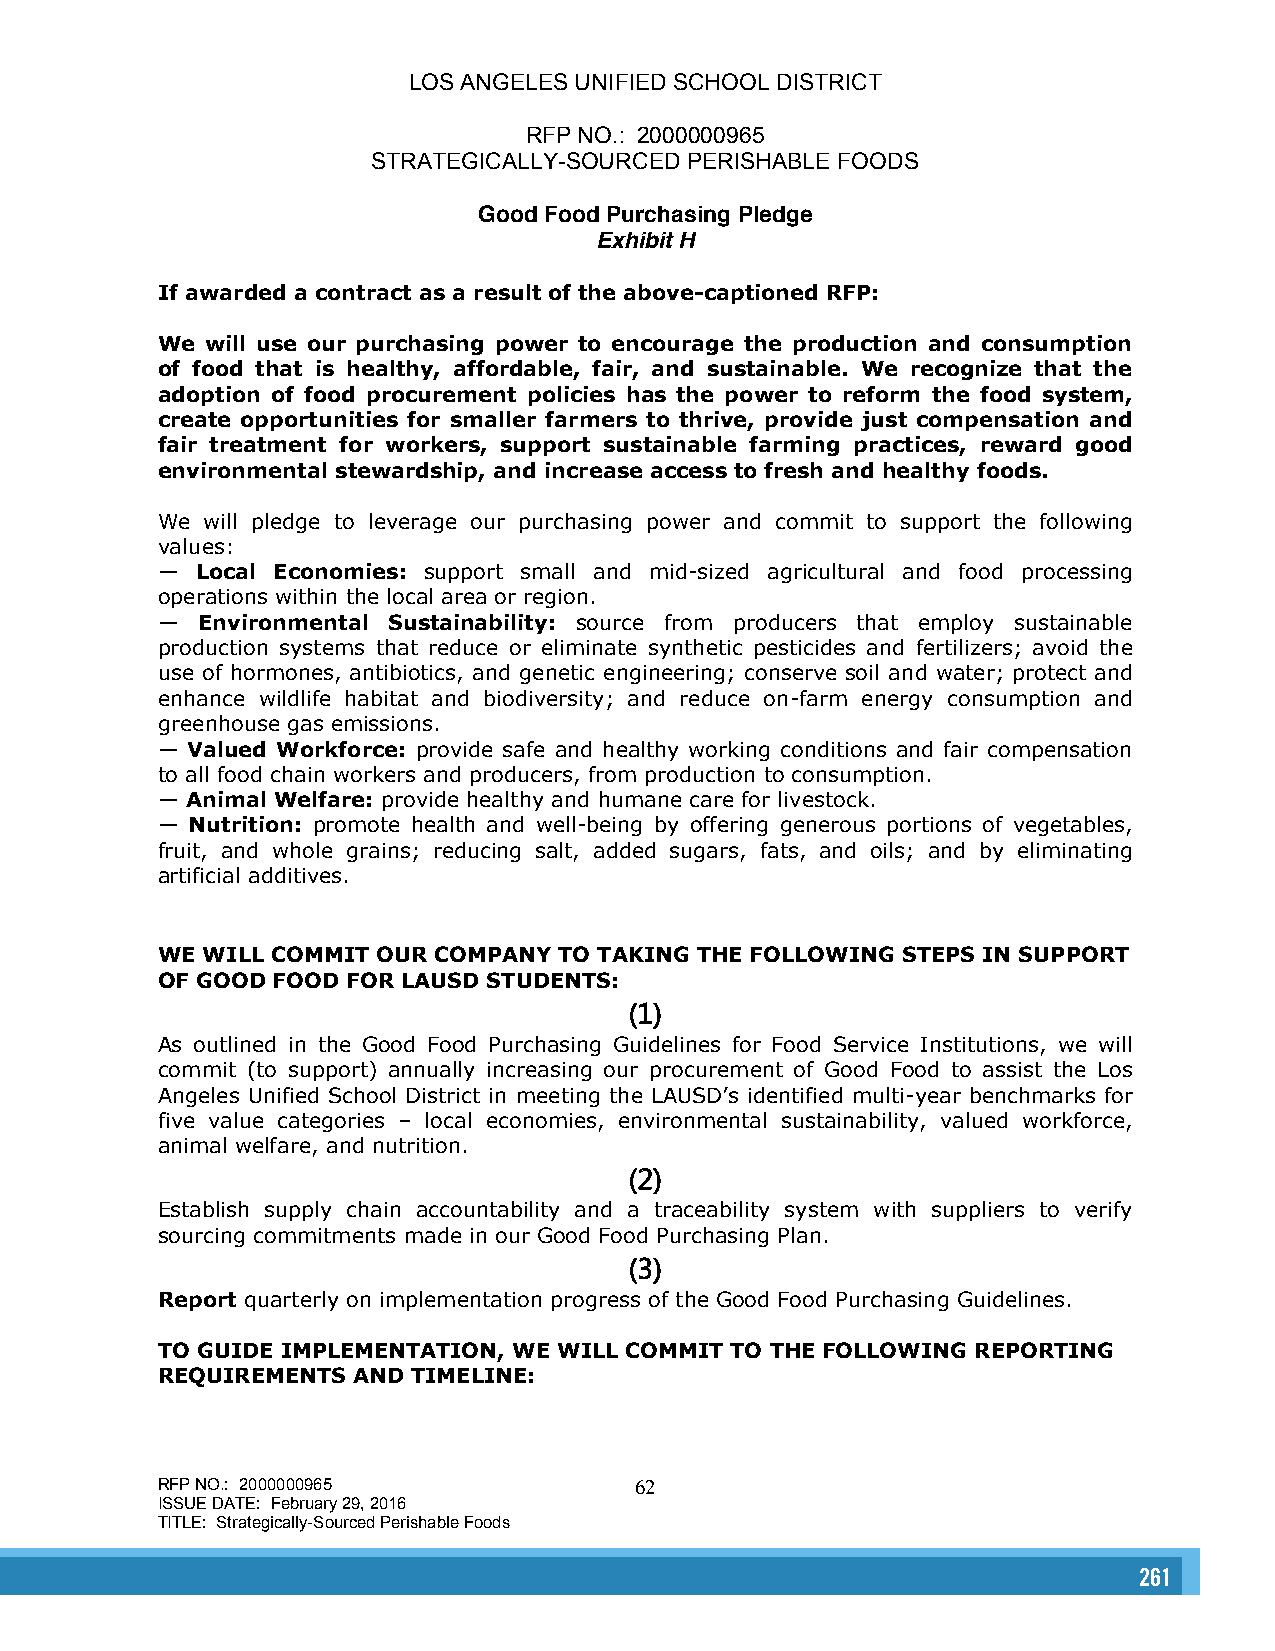
LOS ANGELES UNIFIED SCHOOL DISTRICT
 RFP NO.: 2000000965
 STRATEGICALLY-SOURCED PERISHABLE FOODS
 Good Food Purchasing Pledge
 Exhibit H
 If awarded a contract as a result of the above-captioned RFP:
 We  will use our purchasing power to encourage the production and consumption
 of food that is healthy, affordable, fair, and sustainable. We recognize that the
 adoption of food procurement policies has the power to reform the food system,
 create opportunities for smaller farmers to thrive, provide just compensation and
 fair treatment for workers, support sustainable farming practices, reward good
 environmental stewardship, and increase access to fresh and healthy foods.
 We  will pledge to leverage our purchasing power and commit to support the following
 values:
 —  Local Economies: support small and mid-sized agricultural and food processing
 operatio ns within the local area or region.
 —  Environmental Sustainability: source from producers that employ sustainable
 production systems that reduce or eliminate synthetic pesticides and fertilizers; avoid the
 use of hormones, antibiotics, and genetic engineering; conserve soil and water; protect and
 enhance wildlife habitat and biodiversity; and reduce on-farm energy consumption and
 greenhouse gas emissions.
 — Valued Workforce: provide safe and healthy working conditions and fair compensation
 to all food chain workers and producers, from production to consumption.
 — Animal Welfare: provide healthy and humane care for livestock.
 —  Nutrition: promote health and well-being by offering generous portions of vegetables,
 fruit, and whole grains; reducing salt, added sugars, fats, and oils; and by eliminating
 artificial additives.
 WE WILL COMMIT OUR COMPANY TO TAKING THE FOLLOWING STEPS IN SUPPORT
 OF GOOD FOOD FOR LAUSD STUDENTS:
 (1)
 As outlined in the Good Food Purchasing Guidelines for Food Service Institutions, we will
 commit (to support) annually increasing our procurement of Good Food to assist the Los
 Angeles Unified School District in meeting the LAUSD’s identified multi-year benchmarks for
 five value categories – local economies, environmental sustainability, valued workforce,
 animal welfare, and nutrition.
 (2)
 Establish supply chain accountability and a traceability system with suppliers to verify
 sourcing commitments made in our Good Food Purchasing Plan.
 (3)
 Report quarterly on implementation progress of the Good Food Purchasing Guidelines.
 TO GUIDE IMPLEMENTATION, WE WILL COMMIT TO THE FOLLOWING REPORTING
 REQUIREMENTS AND TIMELINE:
 RFP NO.: 2000000965             62
 ISSUE DATE: February 29, 2016
 TITLE: Strategically-Sourced Perishable Foods
 261